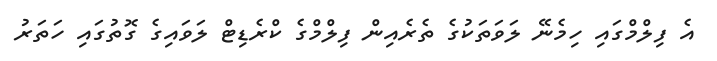
އެ ފިލްމްގައި ހިމެނޭ ލަވަތަކުގެ ތެރެއިން ފިލްމްގެ ކްރެޑިޓް ލަވައިގެ ގޮތުގައި ހަތަރު